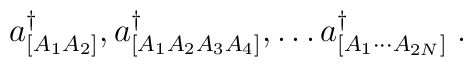
a^\dagger_{[A_1 A_2]}, a^\dagger_{[A_1 A_2 A_3 A_4]}, \dots  a^\dagger_{[A_1 \cdots A_{2N}]} \; .